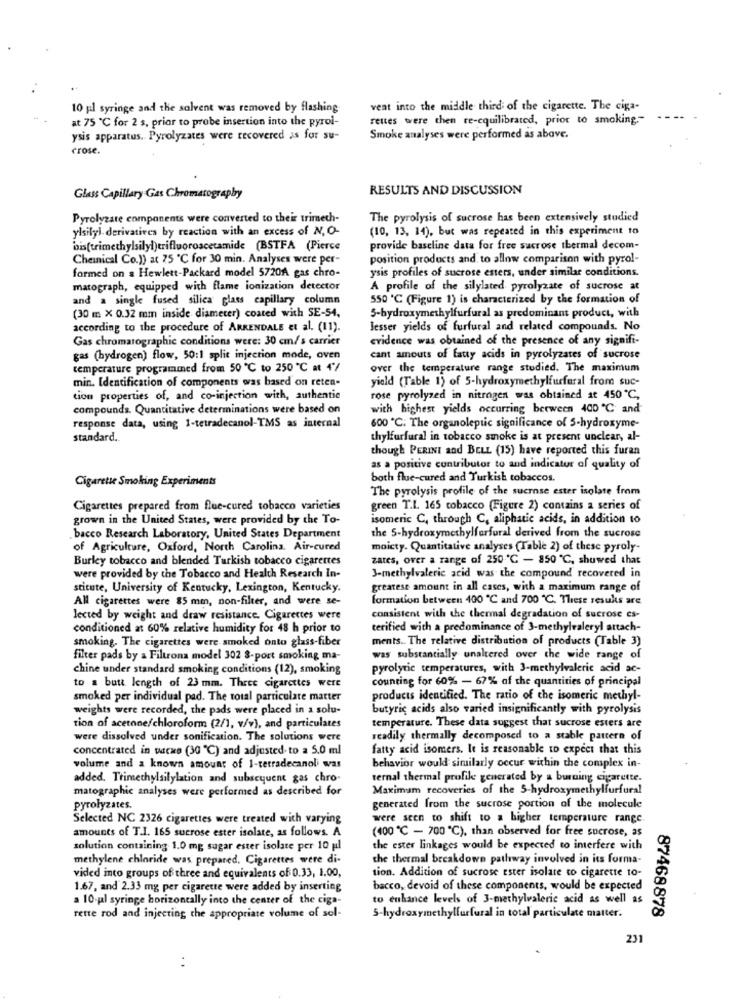
10 gil syringe and the solvent was removed by flashing
veat into the middle third of the cigarette. The ciga-
at 75 ℃ for 2 s, prior to probe insertion into the pyrol-
rettes were then re-equilibrated, prior to smoking."
. ..
ysis apparatus. Pyrolyzates were recovered as for su-
Smoke analyses were performed as above.
crose.
RESULTS AND DISCUSSION
Glass Capillary Gas Chromatography
Pyrolyzate components were converted to their trimeth-
The pyrolysis of sucrose has been extensively studied
ylsilyi derivatives by reaction with an excess of N,O-
(10, 13, 14), but was repeated in this experiment to
bis(trimethylsilyl)trifluoroacetamide (BSTFA (Pierce
provide baseline data for free sucrose thermal decom-
Cheinical Co.)) at 25 ℃ for 30 min. Analyses were per-
position products and to allow comparison with pyrol-
formed on a Hewlett-Packard model 5720A gas chro-
ysis profiles of sucrose esters, under similar conditions.
matograph, equipped with flame ionization detector
A profile of the silylated pyrolyzate of sucrose at
and a single fused silica glass capillary column
550 ℃ (Figure 1) is characterized by the formation of
(30 m X 0.32 mm inside diameter) coated with SE-54,
5-hydroxymethylfurfural as predominant product, with
according to the procedure of ARRENDALE et al. (11).
Jesser yields of furfural and related compounds. No
Gas chromatographic conditions were: 30 cm/s carrier
evidence was obtained of the presence of any signifi-
gas (hydrogen) flow, 50:1 split injection mode, oven
cant amouts of fatty acids in pyrolyzares of sucrose
temperature programmed from 50 ℃ to 250 ℃ m 4/
over the temperature range studied. The maximum
min. Identification of components was based on reten-
yield (Table 1) of 5-hydroxymethylfurfural from suc-
tion properties of, and co-injection with, authentic
rose pyrolyzed in nitrogen was obtained at 450 ℃,
compounds. Quantitative determinations were based on
with highest yields occurring between 400 ℃ and
response data, using 1-tetradecanol-TMS as internal
600 *℃; The organoleptic significance of 5-hydroxyme-
standard.
thylfurfural in tobacco smoke is at present unclear, al-
though PERINI and BELL (15) have reported this furan
as a positive contributor to and indicator of quality of
Cigarette Smoking Experiments
both flue-cured and Turkish tobaccos.
The pyrolysis profile of the sucrose ester isolate from
Cigarettes prepared from flue-cured tobacco varieties
green T.L. 165 cobacco (Figure 2) contains a series of
grown in the United States, were provided by the To-
isomeric C, through C, aliphatic acids, in addition to
bacco Research Laboratory, United States Department
the 5-hydroxymethylfarfural derived from the sucrose
of Agriculture, Oxford, North Carolina. Air-cured
maicty. Quantitative analyses (Table 2) of these pyroly-
Burley tobacco and blended Turkish tobacco cigarettes
zates, over a range of 250 ℃ - 850 ℃, showed that
were provided by the Tobacco and Health Research In-
3-methylvaleric acid was the compound recovered in
stitute, University of Kentucky, Lexington, Kentucky.
greatese amount in all cases, with a maximum range of
All cigarettes were 85 mm, non-filter, and were se-
formation between 400 ℃ and 700 ℃. These results are
Jected by weight and draw resistance. Cigarettes were
consistent with the thermal degradation of sucrose es-
conditioned at 60% relative humidity for 48 h prior to
terified with a predominance of 3-methylvaleryl attach-
smoking. The cigarettes were smoked onto glass-fiber
ments .. The relative distribution of products (Table 3)
filter pads by a Filtrona model 302 8-port smoking ma-
was substantially unaltered over the wide range of
chine under standard smoking conditions (12), smoking
pyrolyric temperatures, with 3-methylvalerie acid ac-
counting for 60% - 67% of the quantities of principal
to a butt length of 23 mm. Three cigarettes were
smoked per individual pad. The total particulate matter
products identified. The ratio of the isomeric methyl-
weights were recorded, the pads were placed in a solu-
butyric acids also varied insignificantly with pyrolysis
tion of acetone/chloroform (2/1, v/v), and particulates
temperature. These data suggest that sucrose esters are
were dissolved under sonification. The solutions were
readily thermally decomposed to a stable pattern of
concentrated in uache (30 ℃) and adjusted- to a 5.0 ml
fatty acid isomers. It is reasonable to expect that this
volume and a known amount of 1-tetradecanoli was
behavior would similarly occur within the complex in-
added. Trimethylsilylation and subsequent gas chro-
ternal thermal profile generated by a burning cigarette.
matographic analyses were performed as described for
Maximum recoveries of the 5-hydroxymethylfurfural
pyrolyzates.
generated from the sucrose portion of the molecule
Selected NC 2326 cigarettes were treated with varying
were seen to shift to a higher temperature range
amounts of T.I. 165 sucrose ester isolate, as follows. A
(400 ℃ - 700 ℃), than observed for free sucrose, as
solution containing 1.0 mg sugar ester isolate per 10 ul
the ester linkages would be expected to imerfere with
methylene chloride was prepared. Cigarettes were di-
the thermal breakdown pathway involved in its forma-
tion. Addition of sucrose ester isolate to cigarette to-
vided into groups of three and equivalents of 0.33, 1.00,
1.67, and 2.33 mg per cigarette were added by inserting
bacco, devoid of these components, would be expected
a 10.pl syringe horizontally into the center of the ciga-
to enhance levels of 3-methylvaleric acid as well as
87468878
rette rod and injecting the appropriate volume of sol-
5-hydroxymethylfurfural in total particulate matter.
231